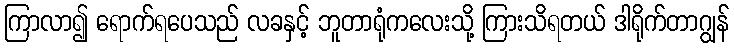
ကြာလာ၍ ရောက်ရပေသည် လခနှင့် ဘူတာရုံကလေးသို့ ကြားသိရတယ် ဒါရိုက်တာဂျွန်